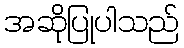
အဆိုပြုပါသည်